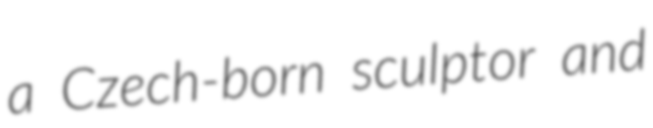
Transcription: a Czech-born sculptor and